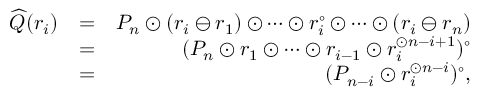
\begin{array} { r l r } { \widehat { Q } ( r _ { i } ) } & { = } & { P _ { n } \odot ( r _ { i } \ominus r _ { 1 } ) \odot \cdots \odot r _ { i } ^ { \circ } \odot \cdots \odot ( r _ { i } \ominus r _ { n } ) } \\ & { = } & { ( P _ { n } \odot r _ { 1 } \odot \cdots \odot r _ { i - 1 } \odot r _ { i } ^ { \odot n - i + 1 } ) ^ { \circ } } \\ & { = } & { ( P _ { n - i } \odot r _ { i } ^ { \odot n - i } ) ^ { \circ } , } \end{array}